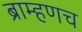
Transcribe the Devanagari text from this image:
ब्राम्हणच